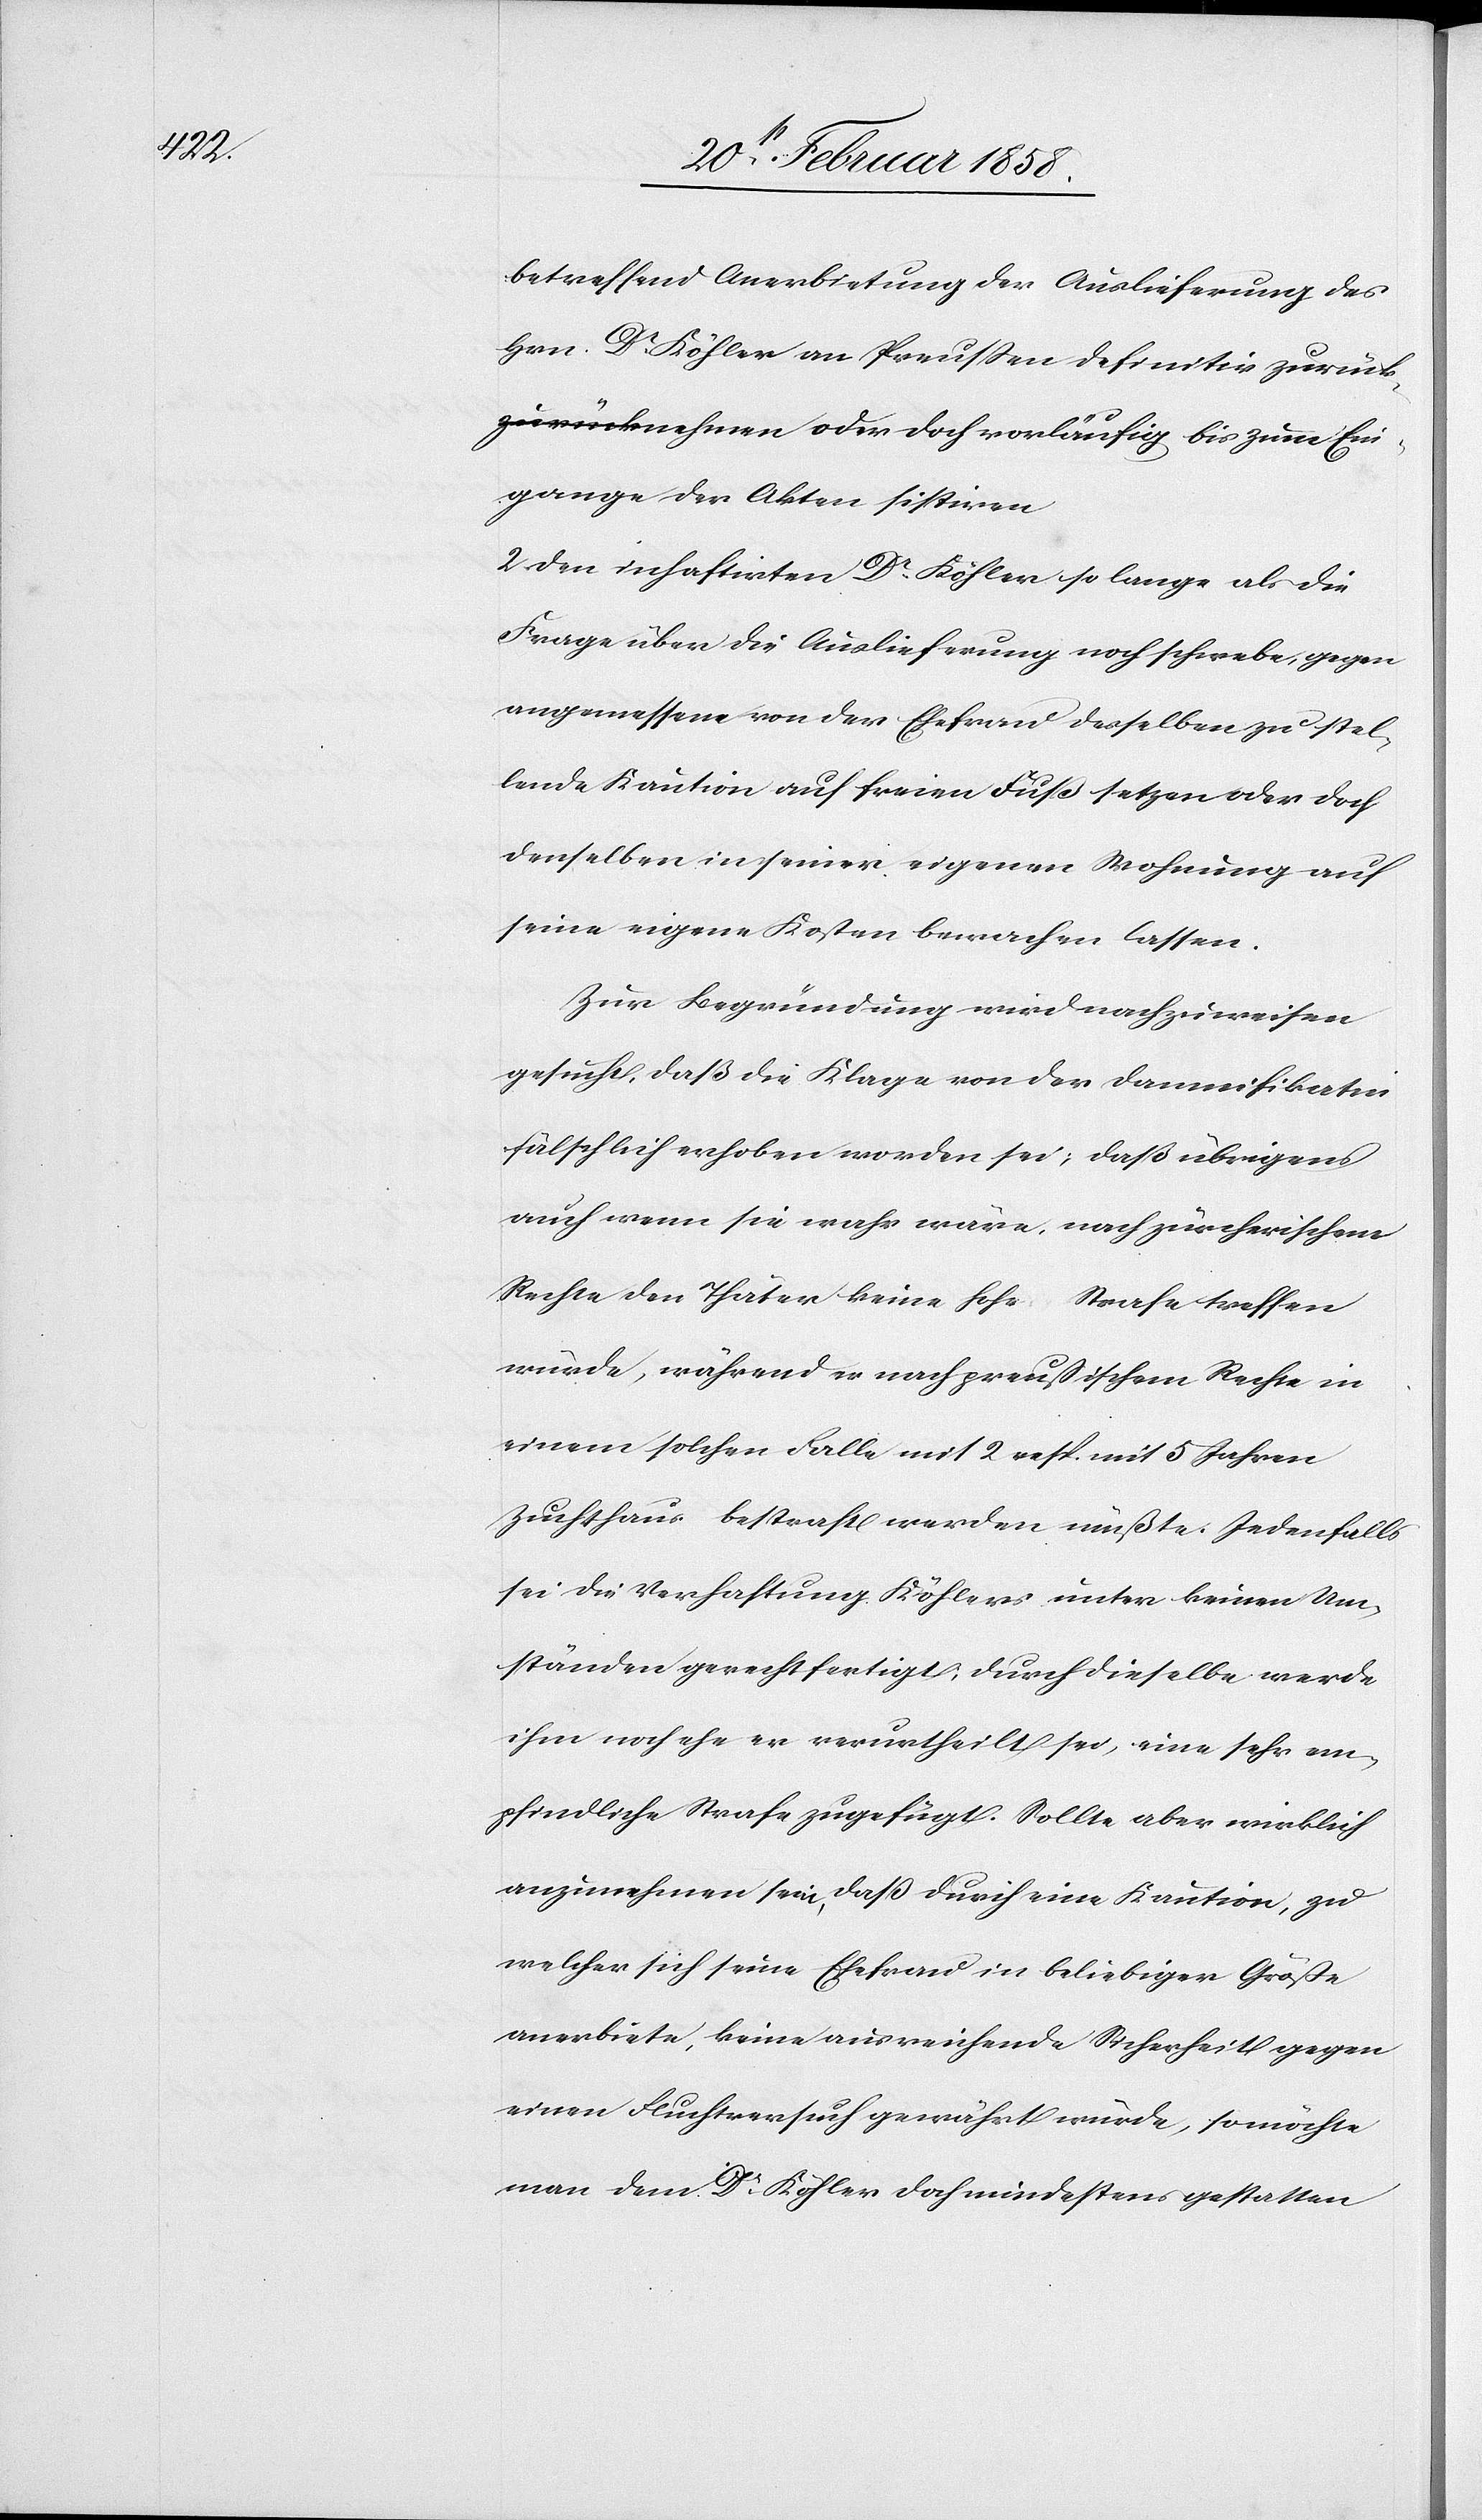
betreffend Anerbietung der Auslieferung des
Hrn. Dr Köhler an Preußen definitiv zurüc¬
knehmen oder doch vorläufig bis zum Ein¬
gange der Akten sistiren.
2. Den inhaftirten Dr Köhler so lange als die
Frage über die Auslieferung noch schwebe, gegen
angemessene von der Ehefrau desselben zu stel¬
lende Kaution auf freien Fuß setzen oder doch
denselben in seiner eigenen Wohnung auf
seine eigene Kosten bewachen lassen.
Zur Begründung wird nachzuweisen
gesucht, daß die Klage von der Damnifikation
fälschlich erhoben worden sei; daß übrigens
auch wenn sie wahr wäre, nach zürcherischem
Rechte den Thäter keine hohe Strafe treffen
würde, während er nach preußischem Rechte in
einem solchen Falle mit 2 resp. mit 5 Jahren
Zuchthaus bestraft werden müßte. Jedenfalls
sei die Verhaftung Köhlers unter keinen Um¬
ständen gerechtfertigt; durch dieselbe werde
ihm noch ehe er verurtheilt sei, eine sehr em¬
pfindliche Strafe zugefügt. Sollte aber wirklich
anzunehmen sein, daß durch eine Kaution, zu
welcher sich seine Ehefrau in beliebiger Größe
anerbiete, keine ausreichende Sicherheit gegen
einen Fluchtversuch gewährt würde, so möchte
man dem Dr Köhler doch mindestens gestatten